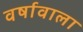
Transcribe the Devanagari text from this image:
वर्षावाला